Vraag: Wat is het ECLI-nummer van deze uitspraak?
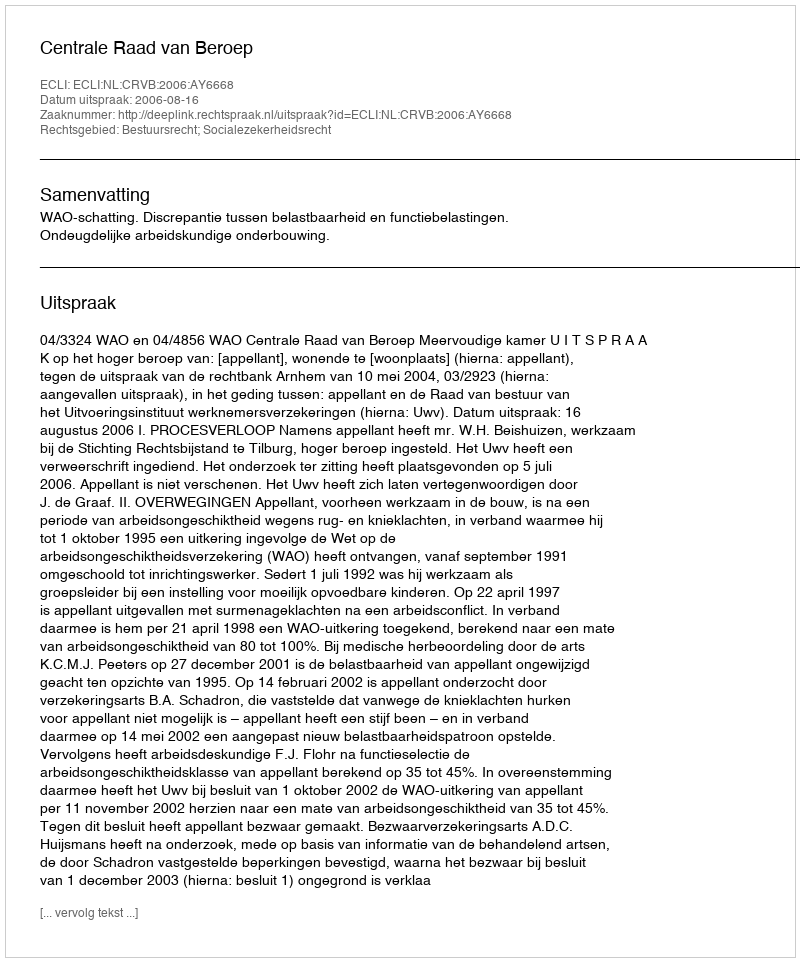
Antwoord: ECLI:NL:CRVB:2006:AY6668